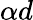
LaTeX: \alpha d